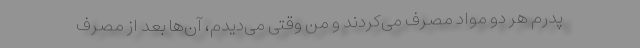
پدرم هر دو مواد مصرف می‌کردند و من وقتی می‌دیدم، آن‌ها بعد از مصرف